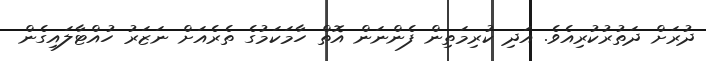
ދުރަށް ދަތުރުކުރިއެވެ. އަދި ކުރިމަތިން ފެންނަން އޮތް ހާމަކަމުގެ ތެރެއަށް ނަޒަރު ހުއްޓާލައިގެން